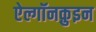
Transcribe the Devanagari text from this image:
ऐल्गॉनक़ुइन